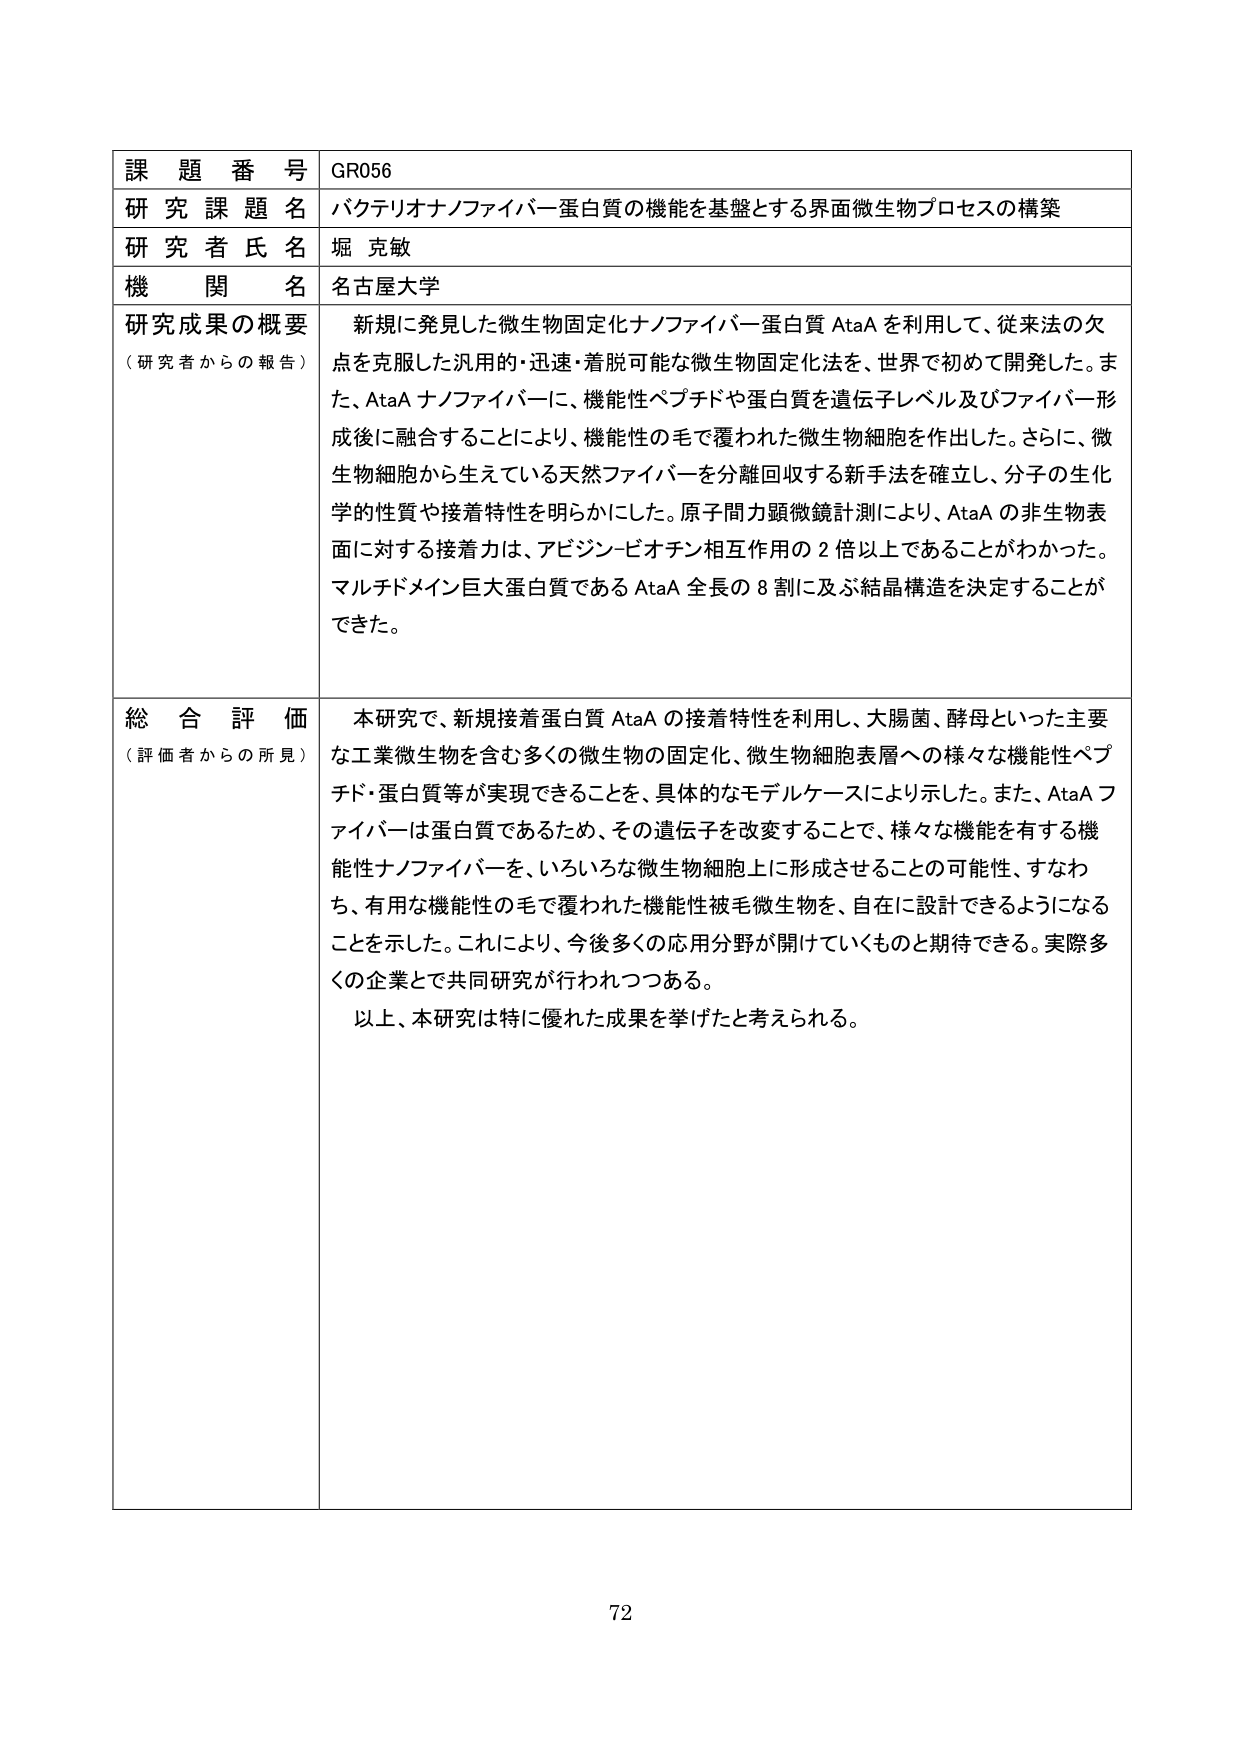
課題番号 GR056
研究課題名 バクテリオナノファイバー蛋白質の機能を基盤とする界面微生物プロセスの構築
研究者氏名 堀 克敏
機関名 名古屋大学
研究成果の概要（研究者からの報告） 新規に発見した微生物固定化ナノファイバー蛋白質 AtaA を利用して、従来法の欠点を克服した汎用的・迅速・着脱可能な微生物固定化法を、世界で初めて開発した。また、AtaA ナノファイバーに、機能性ペプチドや蛋白質を遺伝子レベル及びファイバー形成後に融合することにより、機能性の毛で覆われた微生物細胞を作出した。さらに、微生物細胞から生えている天然ファイバーを分離回収する新手法を確立し、分子の生化学的性質や接着特性を明らかにした。原子間力顕微鏡計測により、AtaA の非生物表面に対する接着力は、アビジン-ビオチン相互作用の 2 倍以上であることがわかった。マルチドメイン巨大蛋白質である AtaA 全長の 8 割に及ぶ結晶構造を決定することができた。
総合評価（評価者からの所見） 本研究で、新規接着蛋白質 AtaA の接着特性を利用し、大腸菌、酵母といった主要な工業微生物を含む多くの微生物の固定化、微生物細胞表層への様々な機能性ペプチド・蛋白質等が実現できることを、具体的なモデルケースにより示した。また、AtaA ファイバーは蛋白質であるため、その遺伝子を改変することで、様々な機能を有する機能性ナノファイバーを、いろいろな微生物細胞上に形成させることの可能性、すなわち、有用な機能性の毛で覆われた機能性被毛微生物を、自在に設計できるようになることを示した。これにより、今後多くの応用分野が開けていくものと期待できる。実際多くの企業とで共同研究が行われつつある。
以上、本研究は特に優れた成果を挙げたと考えられる。
72